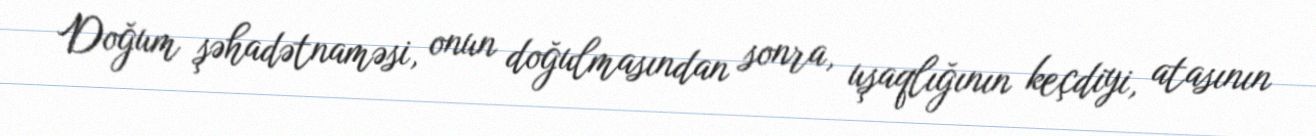
Doğum şəhadətnaməsi, onun doğulmasından sonra, uşaqlığının keçdiyi, atasının